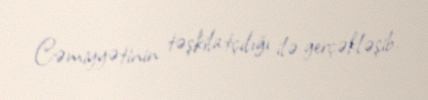
Cəmiyyətinin təşkilatçılığı ilə gerçəkləşib.